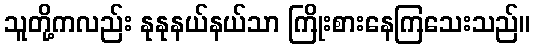
သူတို့ကလည်း နုနုနယ်နယ်သာ ကြိုးစားနေကြသေးသည်။